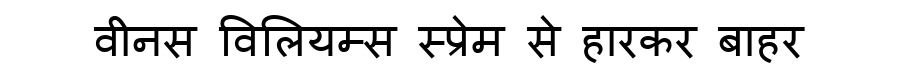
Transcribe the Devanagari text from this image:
वीनस विलियम्स स्प्रेम से हारकर बाहर